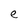
Character: e